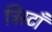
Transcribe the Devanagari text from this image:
ट्रिस्टाँ